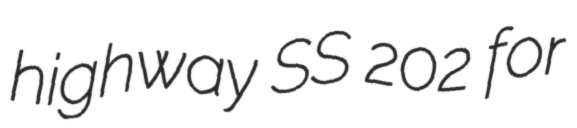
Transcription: highway SS 202 for